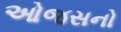
ઓજસનો